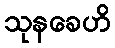
သုနခေဟိ